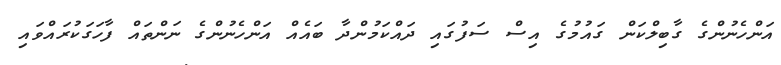
އަންހެނުންގެ ގާބިލްކަން ގައުމުގެ އިސް ސަފުގައި ދައްކަމުންދާ ބައެއް އަންހެނުންގެ ނަންތައް ފާހަގަކުރައްވައި